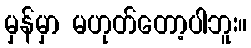
မှန်မှာ မဟုတ်တော့ပါဘူး။